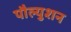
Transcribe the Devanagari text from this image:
पौल्युशन